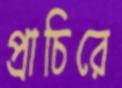
প্রাচিরে